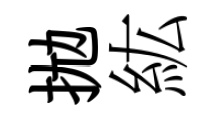
拋紘